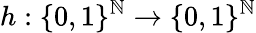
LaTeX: h:\{ 0,1\} ^{\mathbb{N}}\to\{ 0,1\} ^{\mathbb{N}}